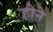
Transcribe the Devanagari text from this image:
हाेने